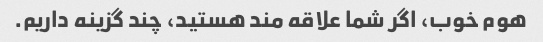
هوم خوب، اگر شما علاقه مند هستید، چند گزینه داریم.